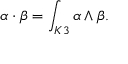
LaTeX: \alpha \cdot \beta = \int _ { K 3 } \alpha \wedge \beta .